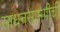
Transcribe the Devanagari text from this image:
साधनसामगीची